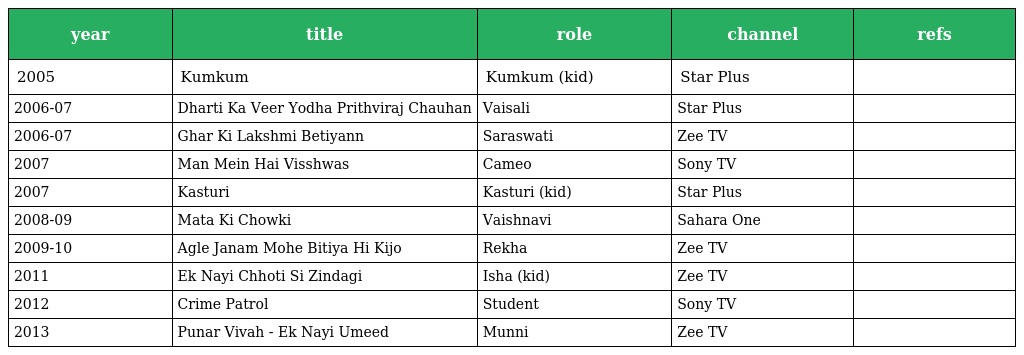
| year | title | role | channel | refs |
 | --- | --- | --- | --- | --- |
 | 2005 | Kumkum | Kumkum (kid) | Star Plus |  |
 | 2006-07 | Dharti Ka Veer Yodha Prithviraj Chauhan | Vaisali | Star Plus |  |
 | 2006-07 | Ghar Ki Lakshmi Betiyann | Saraswati | Zee TV |  |
 | 2007 | Man Mein Hai Visshwas | Cameo | Sony TV |  |
 | 2007 | Kasturi | Kasturi (kid) | Star Plus |  |
 | 2008-09 | Mata Ki Chowki | Vaishnavi | Sahara One |  |
 | 2009-10 | Agle Janam Mohe Bitiya Hi Kijo | Rekha | Zee TV |  |
 | 2011 | Ek Nayi Chhoti Si Zindagi | Isha (kid) | Zee TV |  |
 | 2012 | Crime Patrol | Student | Sony TV |  |
 | 2013 | Punar Vivah - Ek Nayi Umeed | Munni | Zee TV |  |